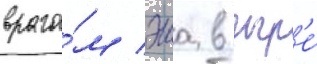
враго́м эша в игр'е́